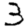
Digit: 3